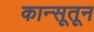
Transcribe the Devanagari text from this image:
कान्सूतून